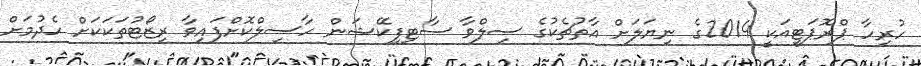
ހުރިހާ ޕްރޮޕަޓީއަކީ 2014ގެ ނިޔަލަށް އާތުޗެކުގެ ސިލްވާ ސާޓިފިކޭޝަން ހާސިލްކޮށްފައިވާ ރިޒޯޓުތަކަކަށް ހެދުމަށް